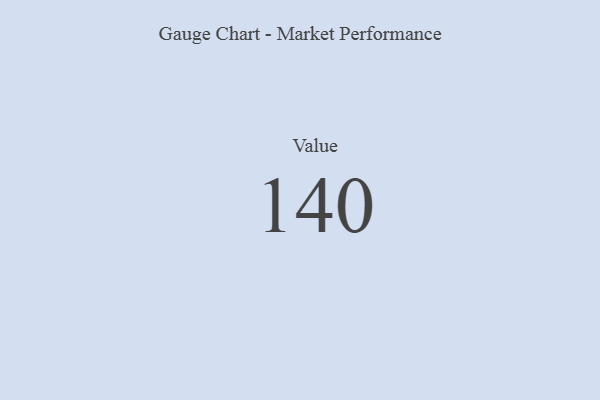
{"axis": {"x": "Metric", "y": "Value"}, "legend": [""], "data": [{"x": "Value", "y": 140, "type": ""}]}